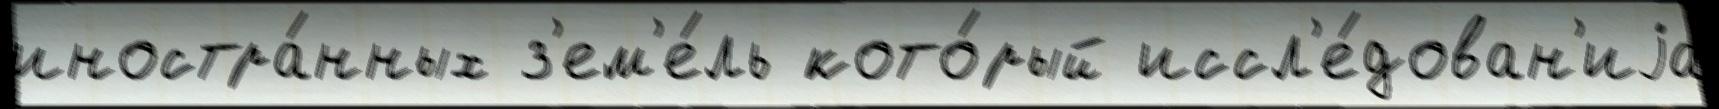
иностра́нных з'ем'е́ль кото́рый иссл'е́дован'иjа